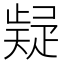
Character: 𭼃